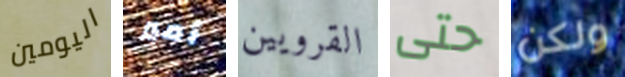
اليومين أمير القرويين حتى ولكن